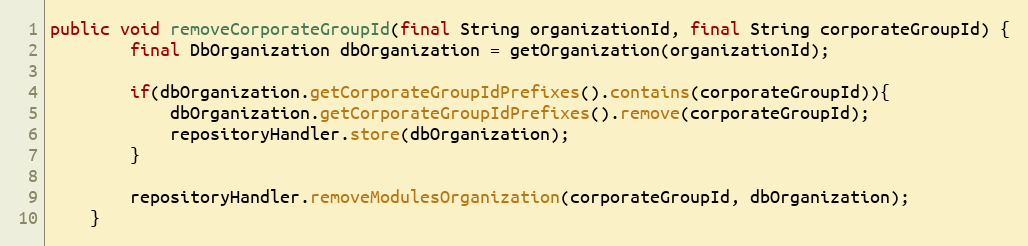
Language: Java
public void removeCorporateGroupId(final String organizationId, final String corporateGroupId) {
        final DbOrganization dbOrganization = getOrganization(organizationId);

        if(dbOrganization.getCorporateGroupIdPrefixes().contains(corporateGroupId)){
            dbOrganization.getCorporateGroupIdPrefixes().remove(corporateGroupId);
            repositoryHandler.store(dbOrganization);
        }

        repositoryHandler.removeModulesOrganization(corporateGroupId, dbOrganization);
    }